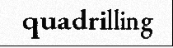
quadrilling